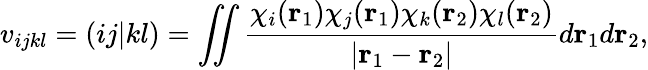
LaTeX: v_{ijkl}=(ij|kl)=\iint\frac{\chi_{i}({\mathbf r}_{1})\chi_{j}({\mathbf r}_{1})\chi_{k}({\mathbf r}_{2})\chi_{l}({\mathbf r}_{2})}{\left|{\mathbf r}_{1}-{\mathbf r}_{2}\right|}d{\mathbf r}_{1}d{\mathbf r}_{2},